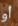
أو